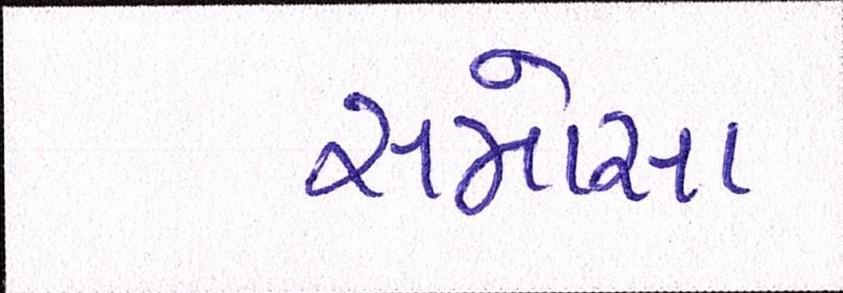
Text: સમોસા